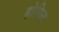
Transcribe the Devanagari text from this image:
होरिल